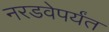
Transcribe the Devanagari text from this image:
नरडवेपर्यंत